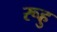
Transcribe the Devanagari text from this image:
रूहु